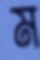
ম